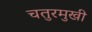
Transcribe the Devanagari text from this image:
चतुरमुखी